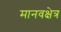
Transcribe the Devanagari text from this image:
मानवक्षेत्र